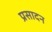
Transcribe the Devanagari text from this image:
प्रसादन